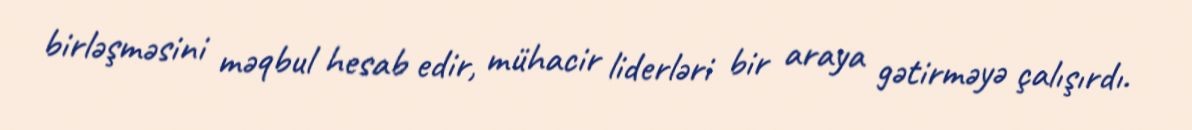
birləşməsini məqbul hesab edir, mühacir liderləri bir araya gətirməyə çalışırdı.